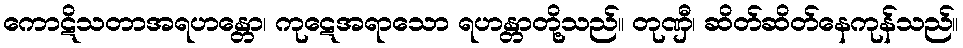
ကောဋိသတာအရဟန္တော၊ ကုဋေအရာသော ရဟန္တာတို့သည်။ တုဏှီ၊ ဆိတ်ဆိတ်နေကုန်သည်။